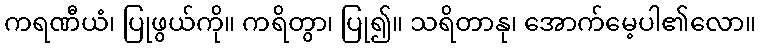
ကရဏီယံ၊ ပြုဖွယ်ကို။ ကရိတွာ၊ ပြု၍။ သရိတာနု၊ အောက်မေ့ပါ၏လော။